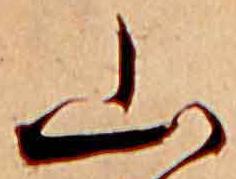
山